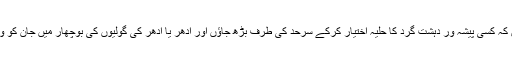
لہٰذا ایک نہایت ذمے دار شہری ہونے کے باوصف، میں سوچتا ہوں کہ کسی پیشہ ور دہشت گرد کا حلیہ اختیار کرکے سرحد کی طرف بڑھ جاؤں اور ادھر یا ادھر کی گولیوں کی بوچھار میں جان کو وہیں چھوڑ کر سرپٹ بھاگتے ہوئے اپنی دادی کی گود میں جاگروں۔